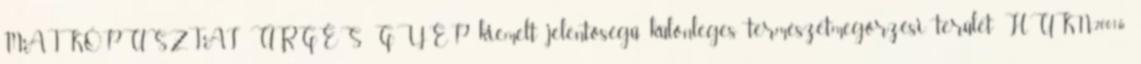
MATKÓPUSZTAI ÜRGÉS GYEP kiemelt jelentőségű különleges természetmegőrzési terület HUKN20016